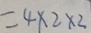
= 4 \times 2 \times 2